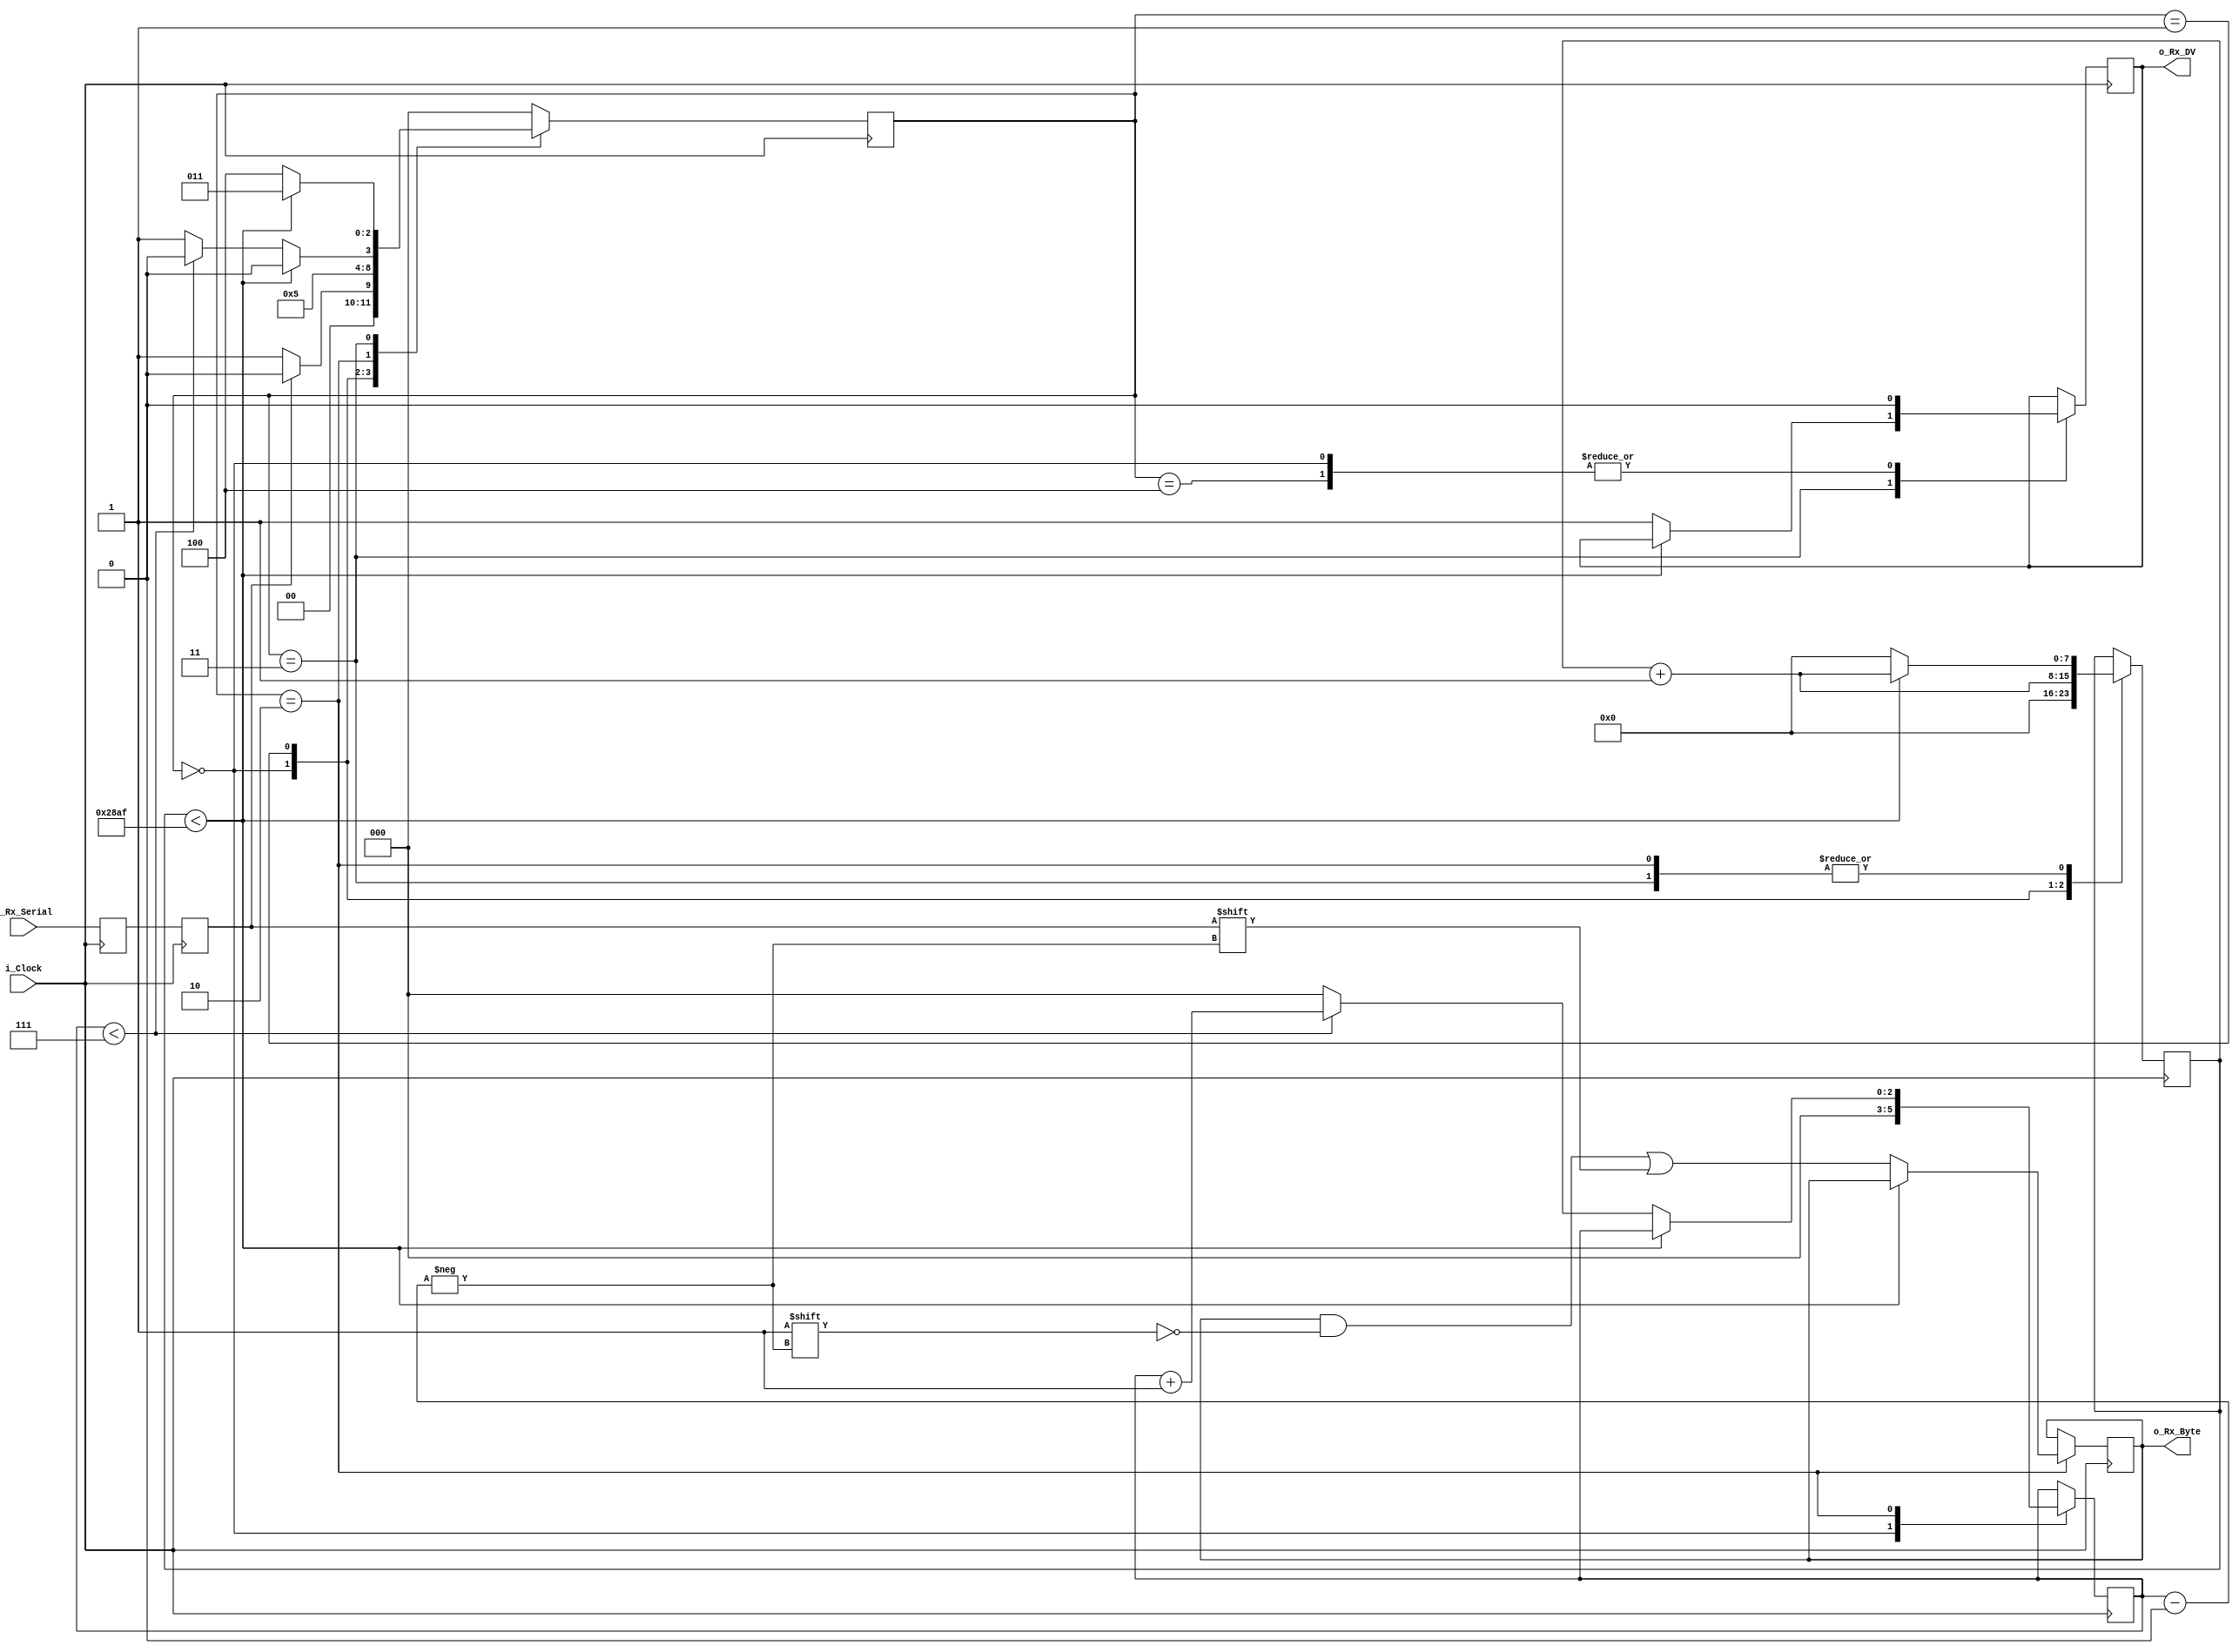
// Reference: https://nandland.com/uart-serial-port-module/



// This file contains the UART Receiver.  This receiver is able to
// receive 8 bits of serial data, one start bit, one stop bit,
// and no parity bit.  When receive is complete o_rx_dv will be
// driven high for one clock cycle.
// 
// Set Parameter CLKS_PER_BIT as follows:
// CLKS_PER_BIT = (Frequency of i_Clock)/(Frequency of UART)
// Example: 10 MHz Clock, 115200 baud UART
// (10000000)/(115200) = 87
  
module uart_rx 
  #(parameter CLKS_PER_BIT=10416)
  (
   input        i_Clock,
   input        i_Rx_Serial,
   output       o_Rx_DV,
   output [7:0] o_Rx_Byte
   );
    
  localparam s_IDLE         = 3'b000;
  localparam s_RX_START_BIT = 3'b001;
  localparam s_RX_DATA_BITS = 3'b010;
  localparam s_RX_STOP_BIT  = 3'b011;
  localparam s_CLEANUP      = 3'b100;
   
  reg           r_Rx_Data_R = 1'b1;
  reg           r_Rx_Data   = 1'b1;
   
  reg [7:0]     r_Clock_Count = 0;
  reg [2:0]     r_Bit_Index   = 0; //8 bits total
  reg [7:0]     r_Rx_Byte     = 0;
  reg           r_Rx_DV       = 0;
  reg [2:0]     r_SM_Main     = 0;
   
  // Purpose: Double-register the incoming data.
  // This allows it to be used in the UART RX Clock Domain.
  // (It removes problems caused by metastability)
  always @(posedge i_Clock)
    begin
      r_Rx_Data_R <= i_Rx_Serial;
      r_Rx_Data   <= r_Rx_Data_R;
    end
   
   
  // Purpose: Control RX state machine
  always @(posedge i_Clock)
    begin
       
      case (r_SM_Main)
        s_IDLE :
          begin
            r_Rx_DV       <= 1'b0;
            r_Clock_Count <= 0;
            r_Bit_Index   <= 0;
             
            if (r_Rx_Data == 1'b0)          // Start bit detected
              r_SM_Main <= s_RX_START_BIT;
            else
              r_SM_Main <= s_IDLE;
          end
         
        // Check middle of start bit to make sure it's still low
        s_RX_START_BIT :
          begin
            if (r_Clock_Count == (CLKS_PER_BIT-1)/2)
              begin
                if (r_Rx_Data == 1'b0)
                  begin
                    r_Clock_Count <= 0;  // reset counter, found the middle
                    r_SM_Main     <= s_RX_DATA_BITS;
                  end
                else
                  r_SM_Main <= s_IDLE;
              end
            else
              begin
                r_Clock_Count <= r_Clock_Count + 1;
                r_SM_Main     <= s_RX_START_BIT;
              end
          end // case: s_RX_START_BIT
         
         
        // Wait CLKS_PER_BIT-1 clock cycles to sample serial data
        s_RX_DATA_BITS :
          begin
            if (r_Clock_Count < CLKS_PER_BIT-1)
              begin
                r_Clock_Count <= r_Clock_Count + 1;
                r_SM_Main     <= s_RX_DATA_BITS;
              end
            else
              begin
                r_Clock_Count          <= 0;
                r_Rx_Byte[r_Bit_Index] <= r_Rx_Data;
                 
                // Check if we have received all bits
                if (r_Bit_Index < 7)
                  begin
                    r_Bit_Index <= r_Bit_Index + 1;
                    r_SM_Main   <= s_RX_DATA_BITS;
                  end
                else
                  begin
                    r_Bit_Index <= 0;
                    r_SM_Main   <= s_RX_STOP_BIT;
                  end
              end
          end // case: s_RX_DATA_BITS
     
     
        // Receive Stop bit.  Stop bit = 1
        s_RX_STOP_BIT :
          begin
            // Wait CLKS_PER_BIT-1 clock cycles for Stop bit to finish
            if (r_Clock_Count < CLKS_PER_BIT-1)
              begin
                r_Clock_Count <= r_Clock_Count + 1;
                r_SM_Main     <= s_RX_STOP_BIT;
              end
            else
              begin
                r_Rx_DV       <= 1'b1;
                r_Clock_Count <= 0;
                r_SM_Main     <= s_CLEANUP;
              end
          end // case: s_RX_STOP_BIT
     
         
        // Stay here 1 clock
        s_CLEANUP :
          begin
            r_SM_Main <= s_IDLE;
            r_Rx_DV   <= 1'b0;
          end
         
         
        default :
          r_SM_Main <= s_IDLE;
         
      endcase
    end   
   
  assign o_Rx_DV   = r_Rx_DV;
  assign o_Rx_Byte = r_Rx_Byte;
   
endmodule // uart_rx